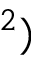
^ { 2 } )